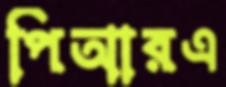
পিআরএ